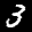
Label: 3